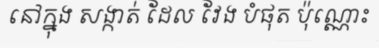
នៅក្នុង សង្កាត់ ដែល វែង បំផុត ប៉ុណ្ណោះ